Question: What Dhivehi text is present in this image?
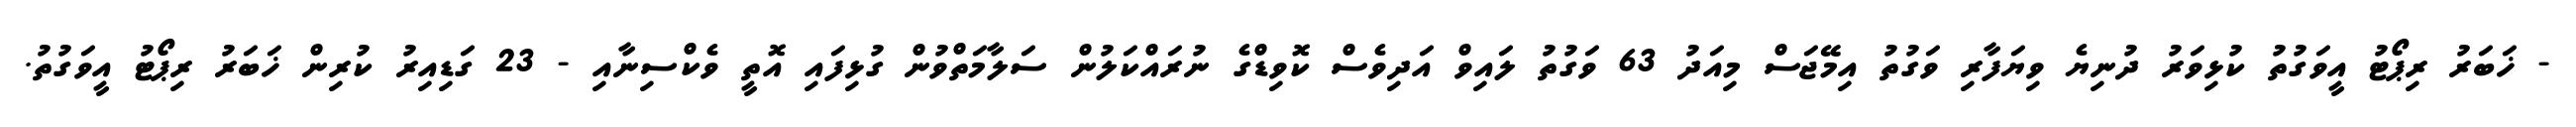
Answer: - ޚަބަރު ރިޕޯޓު އީވަގުތު ކުޅިވަރު ދުނިޔެ ވިޔަފާރި ވަގުތު އިމޭޖަސް މިއަދު 63 ވަގުތު ލައިވް އަދިވެސް ކޮވިޑްގެ ނުރައްކަލުން ސަލާމަތްވުން ގުޅިފައި އޮތީ ވެކްސިނާއި - 23 ގަޑިއިރު ކުރިން ޚަބަރު ރިޕޯޓު އީވަގުތު.